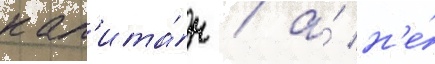
кап'ита́н / а́ н'е́